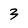
Character: 3